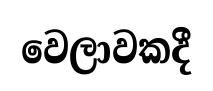
වෙලාවකදී